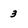
Character: 3